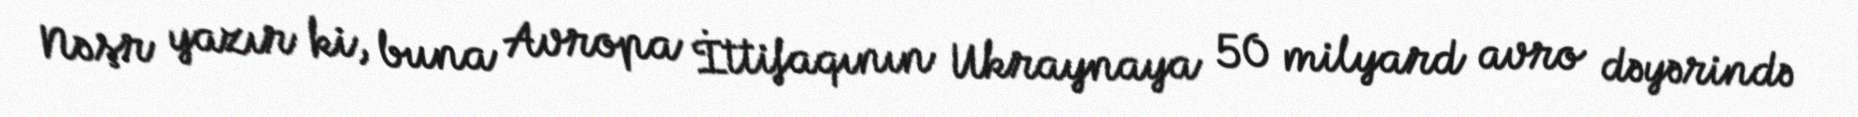
Nəşr yazır ki, buna Avropa İttifaqının Ukraynaya 50 milyard avro dəyərində